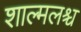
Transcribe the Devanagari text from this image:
शाल्मलश्च